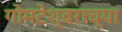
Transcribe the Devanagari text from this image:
गोमटेश्‍वराच्या